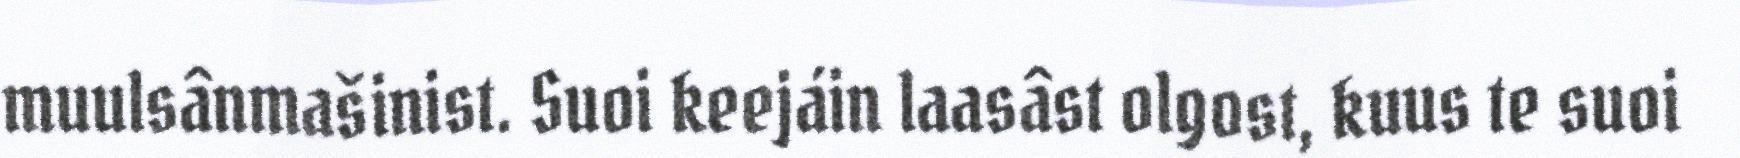
muulsânmašinist. Suoi keejáin laasâst olgost, kuus te suoi